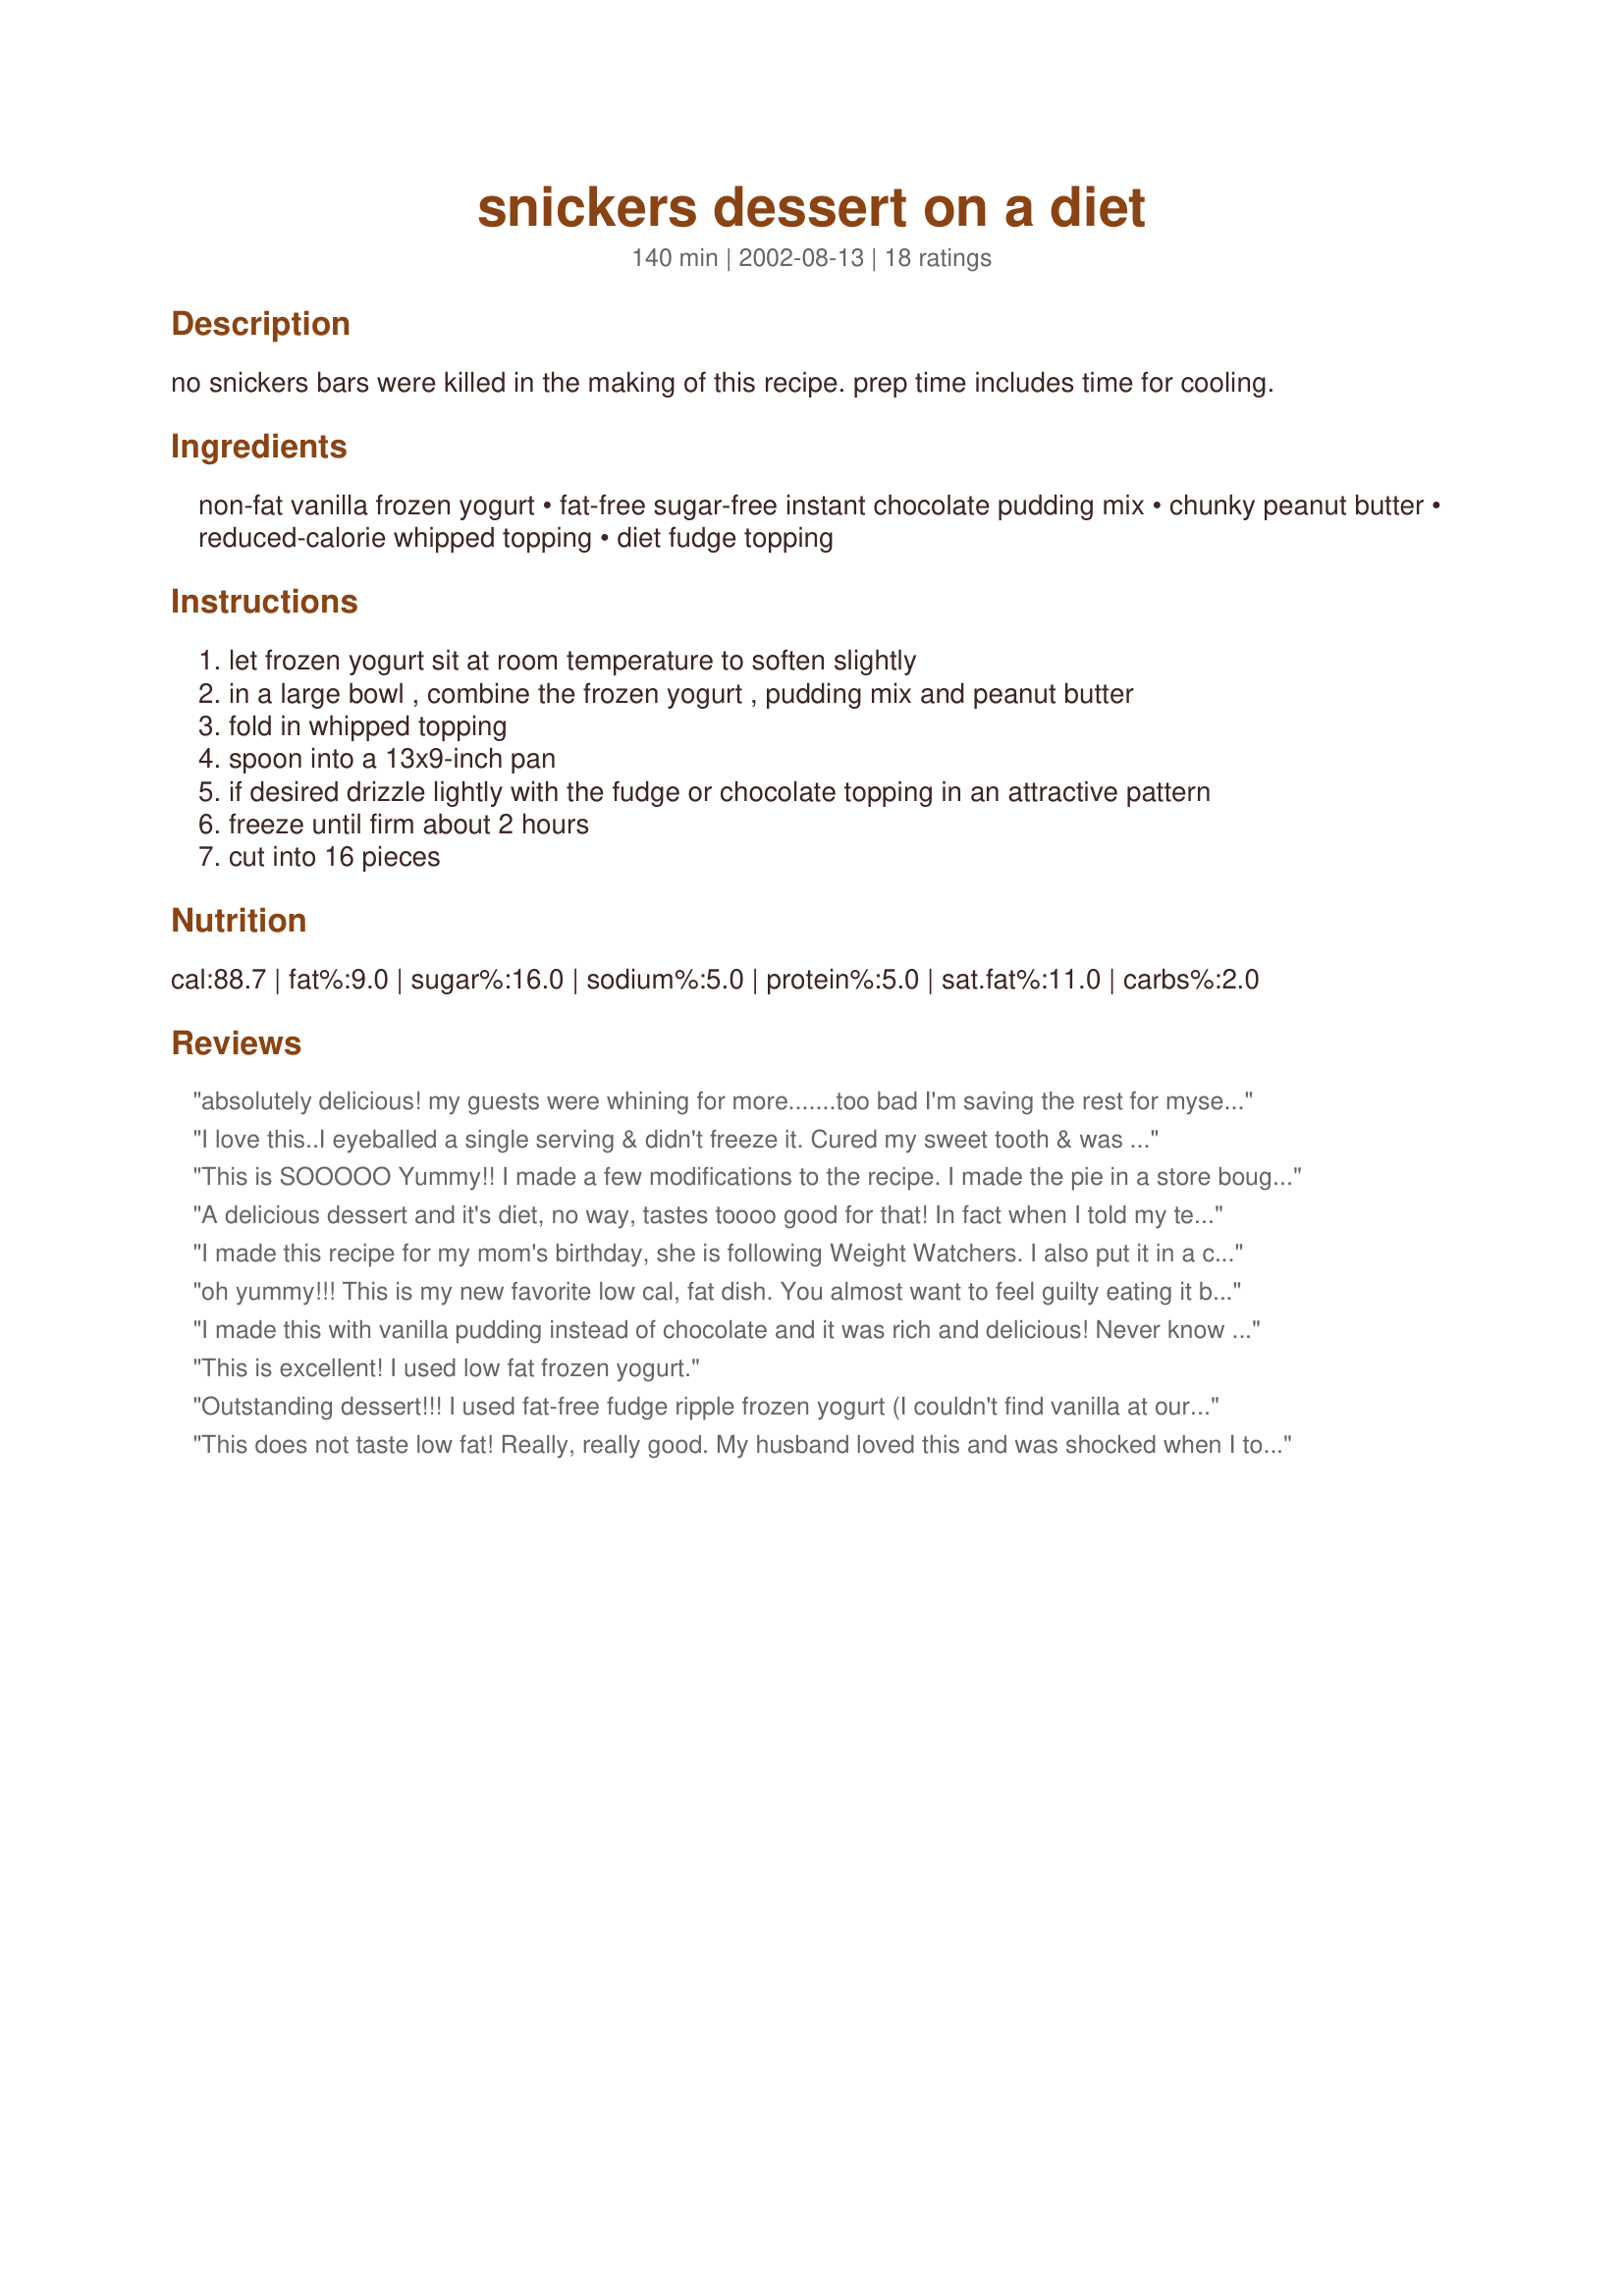
snickers dessert on a diet
Preparation time: 140 minutes

no snickers bars were killed in the making of this recipe. prep time includes time for cooling.

Ingredients:
non-fat vanilla frozen yogurt, fat-free sugar-free instant chocolate pudding mix, chunky peanut butter, reduced-calorie whipped topping, diet fudge topping

Steps:
let frozen yogurt sit at room temperature to soften slightly
in a large bowl , combine the frozen yogurt , pudding mix and peanut butter
fold in whipped topping
spoon into a 13x9-inch pan
if desired drizzle lightly with the fudge or chocolate topping in an attractive pattern
freeze until firm about 2 hours
cut into 16 pieces

Reviews:
absolutely delicious! my guests were whining for more.......too bad I'm saving the rest for myself! And they call this dieting? lol
I love this..I eyeballed a single serving & didn't freeze it. Cured my sweet tooth & was delicious. I'll try making it as it should be next time. Really enjoyed this!
This is SOOOOO Yummy!! I made a few modifications to the recipe. I made the pie in a store bought oreo cookie crust, and I used regular low fat vanilla frozen yogurt since i couldn't find fat free. I added a crushed peanut butter twix bar to mine, and I didn't mix the cool whip in with the mixture - I added it to the top of the pie instead, then put a little hot fudge on top. This was a wonderful, creamy peanut butter chocolate pie!
A delicious dessert and it's diet, no way, tastes toooo good for that! In fact when I told my teenage son it was diet, he screamed DIET!!! But that hasn't stopped him from eating it. Plus this is so simple to throw together. Loved it! Thanks.
I made this recipe for my mom's birthday, she is following Weight Watchers. I also put it in a chocolate pie crust as another reviewer had done. It was excellent. So good that I made it again a week later for my niece's birthday.
oh yummy!!! This is my new favorite low cal, fat dish. You almost want to feel guilty eating it because it doesn't taste like diet food at all. Thank you so much for making my weight loss adventure that much easier. Thanks for sharing =)
I made this with vanilla pudding instead of chocolate and it was rich and delicious! Never know it was healthy. Thanks for posting!
This is excellent! I used low fat frozen yogurt.
Outstanding dessert!!! I used fat-free fudge ripple frozen yogurt (I couldn't find vanilla at our grocery store) and a chocolate graham craker crust. The flavor was rich and everyone LOVED it! I will make this dessert again and again. Thanks for a great recipe!
This does not taste low fat! Really, really good. My husband loved this and was shocked when I told him he could eat it guilt-free =)
Really easy and enjoyable!
I did the same thing as a previous reviewer...made a single (albeit generous) serving by dumping estimated amounts together. I ate it soft serve right away without freezing. I loved it!
Excellent and easy to make. I used 2 liters of Dutch chocolate frozen yogurt that I microwaved for about a minute to soften. I mixed all in my Kitchen Aid. My family loved this dessert. I loved how fast it went together. Thanks for the recipe.
Even though I botched the recipe a bit this still turned out great! I forgot to fold in the whipped topping, so I ended up spreading it on top and then I drizzled the chocolate syrup on top of that. It still had a bit of a diet taste for me, but it wasn't horrible. I could see making this with fat free ice cream to save a buck and add some flavor. I can't wait to try this again and make it the right way, lol!
Made this for dessert tonight, and wanted to lick the bowl!! I havent wanted to do that in forever..I held back..still not sure why!! This recipe will be a keeper, and help when the sweet tooth strikes..thanks for sharing Pixie..
It sounds to good to be true!
Delish! I was surprised how much this tasted like a Snickers bar. I confess, I used regular vanilla ice cream instead of frozen yogurt. This was gone in 2 days at my house!
This was excellent!! My dad is now being treated as a diabetic and I wanted to make his transition from sugar to less sugar an easy one!! This pie did the treat - definitely a keeper! I made this for his birthday (he loves snickers) and it was a huge hit. I made the dessert in a store bought pie crust just to make serving it easier. Delicious!! I actually was able to stretch the ice cream cake into 2 crusts (so I could close the tops to store) which means we have a spare in the freezer for unexpected company!! WOOHOO!! Thanks Pixie!
